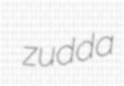
zudda